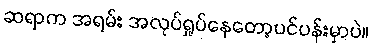
ဆရာက အရမ်း အလုပ်ရှုပ်နေတော့ပင်ပန်းမှာပဲ။